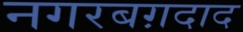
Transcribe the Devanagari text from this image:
नगरबग़दाद